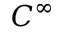
C ^ { \infty }